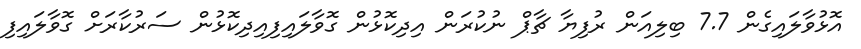
އޮޅުވާލައިގެން 7.7 ބިލިއަން ރުފިޔާ ޗާޕް ނުކުރަން އިދިކޮޅުން ގޮވާލައިފިއިދިކޮޅުން ސަރުކާރަށް ގޮވާލައިފި